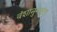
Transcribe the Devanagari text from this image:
वंशानुगतता